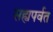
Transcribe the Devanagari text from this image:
सह्यपर्वत